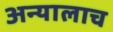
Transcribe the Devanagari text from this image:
अन्यालाच